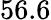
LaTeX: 56.6